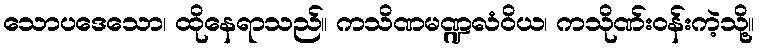
သောပဒေသော၊ ထိုနေရာသည်။ ကသိဏမဏ္ဍလံဝိယ၊ ကသိုဏ်းဝန်းကဲ့သို့။